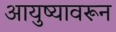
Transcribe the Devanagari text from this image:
आयुष्यावरून